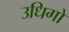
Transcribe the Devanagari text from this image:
उधिगो